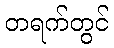
တရက်တွင်